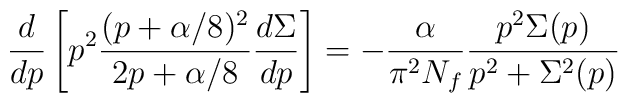
{d\over dp}\left[p^2\frac{(p+\alpha/8)^2}{2p+\alpha/8}\frac{d\Sigma}{dp}\right]=-\frac{\alpha}{\pi^2N_f}\frac{p^2\Sigma(p)}{p^2+\Sigma^2(p)}